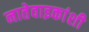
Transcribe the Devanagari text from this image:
नातेवाइकांशी